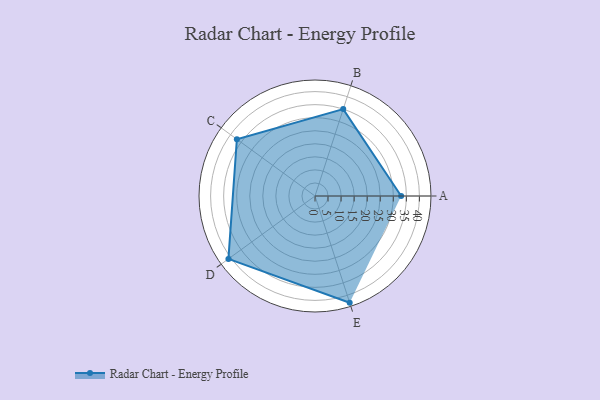
{"axis": {"x": "Skill", "y": "Score"}, "legend": ["Profile"], "data": [{"x": "A", "y": 33.0, "type": "Profile"}, {"x": "B", "y": 35.0, "type": "Profile"}, {"x": "C", "y": 37.0, "type": "Profile"}, {"x": "D", "y": 41.0, "type": "Profile"}, {"x": "E", "y": 43.0, "type": "Profile"}]}